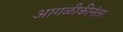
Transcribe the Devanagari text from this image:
आगळीकीनंतर